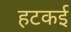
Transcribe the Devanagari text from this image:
हटकई